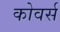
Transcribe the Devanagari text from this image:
कोवर्स